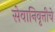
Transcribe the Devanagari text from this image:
सेवानिवृत्तीचे